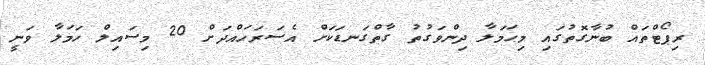
ރިޕޯޓްތައް ބުނާގޮތުގައި މިޙަމަލާ ދިންވަގުތު ގާތްގަނޑަކަށް އެސަރަހައްދަށް 20 މިސައިލް ހަމަލާ ވަނީ